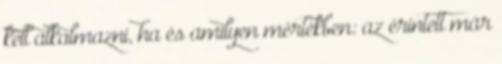
kell alkalmazni, ha és amilyen mértékben: az érintett már